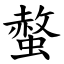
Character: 螫